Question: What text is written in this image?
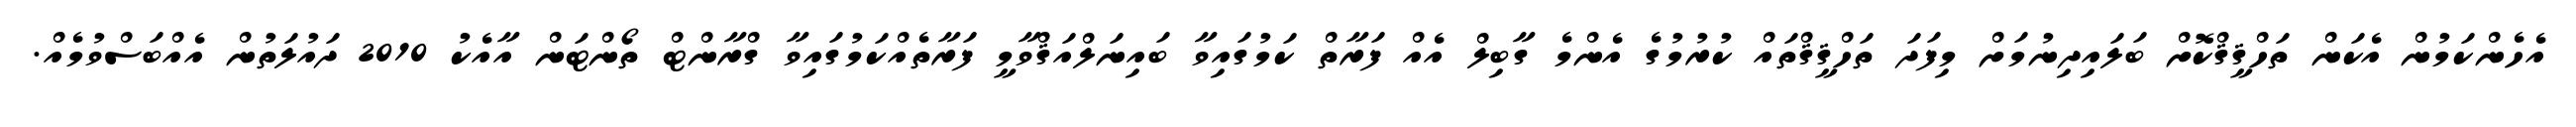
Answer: އެހެންކަމުން އެކަން ތަހްޤީޤްކޮށް ބަލައިދިނުމަށް މިފަދަ ތަހްޤީޤްތައް ކުރުމުގެ އެންމެ ގާބިލް އެއް ފަރާތް ކަމުގައިވާ ބައިނަލްއަޤްވާމީ ފަރާތެއްކަމުގައިވާ ގްރާންޓް ތޯންޓަން އާއެކު 2010 ދައުލަތުން އެއްބަސްވުމެއް.